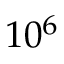
{ 1 0 ^ { 6 } }